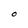
Character: O